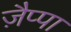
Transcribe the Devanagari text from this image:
ज़ैप्पा